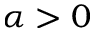
\alpha > 0